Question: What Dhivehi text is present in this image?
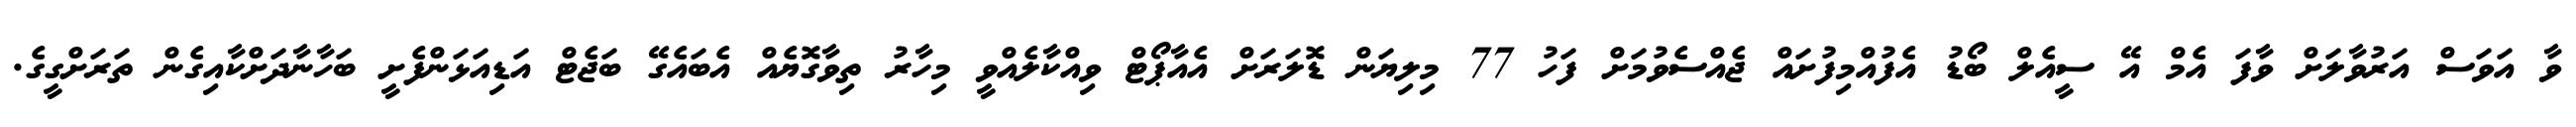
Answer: ވާ އަވަސް އަރުވާލަށް ވާފަ އެމް އޭ ސީއެލް ބޯޑު އެފުއްމިފުށައް ޖެއްސެވުމަށް ފަހު 77 މިލިޔަން ޑޮލަރަށް އެއާޕޯޓް ވިއްކާލެއްވީ މިހާރު ތިވާގޮޔެއް އެބައެގޭ ބަޖެޓް އަޑިއަޅަންފެށީ ބަހާނާދަށްކާއިގެން ތަރަށްގީގެ.